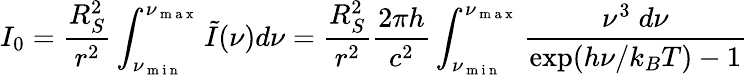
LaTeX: I_{0}=\frac{R_{S}^{2}}{r^{2}}\int_{\nu_{\mathrm{~m~i~n~}}}^{\nu_{\mathrm{~m~a~x~}}}\tilde{I}(\nu)d\nu=\frac{R_{S}^{2}}{r^{2}}\frac{2\pi h}{c^{2}}\int_{\nu_{\mathrm{~m~i~n~}}}^{\nu_{\mathrm{~m~a~x~}}}\frac{\nu^{3}\; d\nu}{\exp(h\nu/k_{B}T)-1}